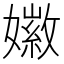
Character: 𪦩